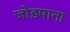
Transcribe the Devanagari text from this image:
जोडपाना